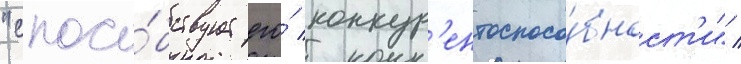
"спосо́бствует его́ конкур'ентоспосо́бност'и" /